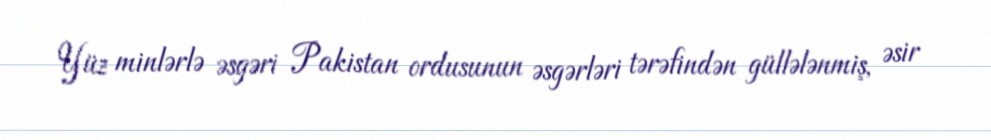
Yüz minlərlə əsgəri Pakistan ordusunun əsgərləri tərəfindən güllələnmiş, əsir